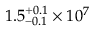
1 . 5 _ { - 0 . 1 } ^ { + 0 . 1 } \times 1 0 ^ { 7 }